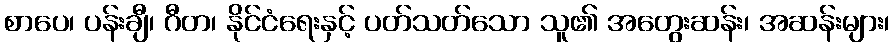
စာပေ၊ ပန်းချီ၊ ဂီတ၊ နိုင်ငံရေးနှင့် ပတ်သတ်သော သူ၏ အတွေးဆန်း၊ အဆန်းများ၊